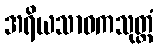
အရိယသာဝကသုတ္တံ